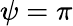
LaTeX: \psi=\pi